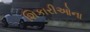
શિકારીઓના